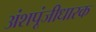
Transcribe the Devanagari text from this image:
अंशपूंजीधारक